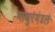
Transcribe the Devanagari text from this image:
माथुरंमंडलं